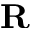
\mathbf { R }